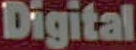
Digital